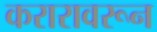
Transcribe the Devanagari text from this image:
करारावरून